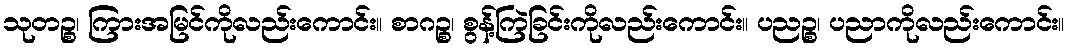
သုတဉ္စ၊ ကြားအမြင်ကိုလည်းကောင်း။ စာဂဉ္စ၊ စွန့်ကြဲခြင်းကိုလည်းကောင်း။ ပညဉ္စ၊ ပညာကိုလည်းကောင်း။